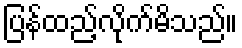
ပြန်ထည့်လိုက်မိသည်။